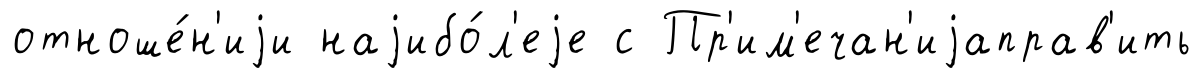
отноше́н'иjи наjибо́л'еjе с Пр'им'ечан'иjаправ'ить